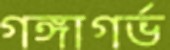
গঙ্গাগর্ভ